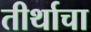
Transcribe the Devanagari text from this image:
तीर्थाचा